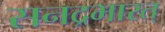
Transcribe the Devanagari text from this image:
सनद्रभारत्